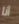
أنا